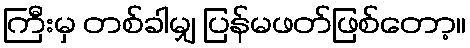
ကြီးမှ တစ်ခါမျှ ပြန်မဖတ်ဖြစ်တော့။